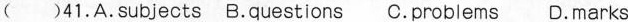
( )41.A.subjects B.questions C.problems D.marks